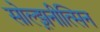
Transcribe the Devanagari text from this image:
सोल्झ़नीत्सिन